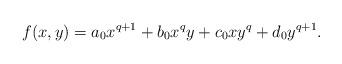
LaTeX: \begin{align*}f(x,y) = a_0 x^{q+1} + b_0 x^qy + c_0 xy^q + d_0 y^{q+1}.\end{align*}